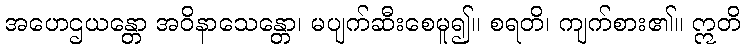
အဟေဌယန္တော အဝိနာသေန္တော၊ မပျက်ဆီးစေမူ၍။ စရတိ၊ ကျက်စား၏။ ဣတိ